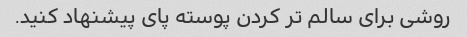
روشی برای سالم تر کردن پوسته پای پیشنهاد کنید.